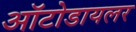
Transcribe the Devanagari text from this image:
ऑटोडायलर